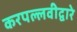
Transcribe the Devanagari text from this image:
करपल्लवीद्वारे